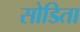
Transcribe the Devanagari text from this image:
सोडिता